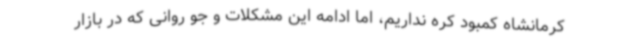
کرمانشاه کمبود کره نداریم، اما ادامه این مشکلات و جو روانی که در بازار